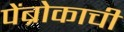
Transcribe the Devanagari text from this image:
पेंब्रोकाची